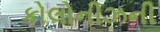
કોલોનીઝની